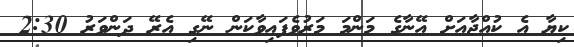
ކިޔާ އެ ކުއްޖާއަށް އޭނާގެ މަންމަ މަރުވެފައިވާކަން ނޭގި އެރޭ ދަންވަރު 2:30